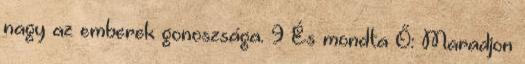
nagy az emberek gonoszsága. 9 És mondta Ő: Maradjon